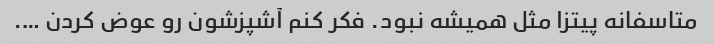
متاسفانه پیتزا مثل همیشه نبود. فکر کنم آشپزشون رو عوض کردن ….